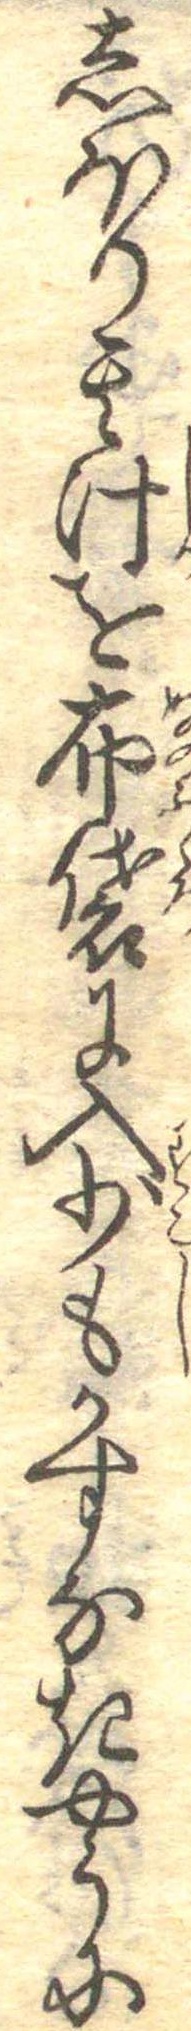
しほり其汁を布袋に入少もかすなきやうに